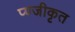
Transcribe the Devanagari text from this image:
प्ण्जीकृत